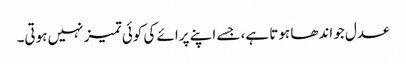
عدل جو اندھا ہوتا ہے، جسے اپنے پرائے کی کوئی تمیز نہیں ہوتی۔